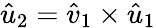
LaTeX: \hat{u}_{2}=\hat{v}_{1}\times\hat{u}_{1}